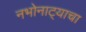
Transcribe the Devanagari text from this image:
नभोनाट्याचा